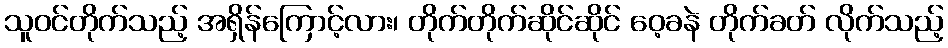
သူဝင်တိုက်သည့် အရှိန်ကြောင့်လား၊ တိုက်တိုက်ဆိုင်ဆိုင် ဝေ့ခနဲ တိုက်ခတ် လိုက်သည့်